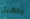
راتشيل